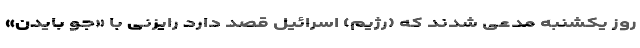
روز یکشنبه مدعی شدند که (رژیم) اسرائیل قصد دارد رایزنی با «جو بایدن»